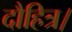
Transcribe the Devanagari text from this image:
दौहित्र।